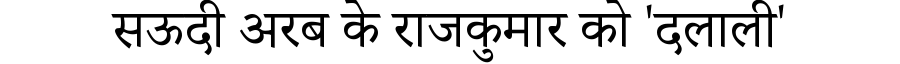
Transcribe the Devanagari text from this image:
सऊदी अरब के राजकुमार को 'दलाली'